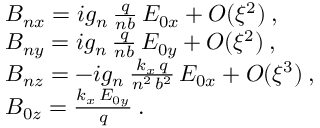
\begin{array} { r l } & { B _ { n x } = i g _ { n } \, \frac { q } { n b } \, E _ { 0 x } + O ( \xi ^ { 2 } ) \: , } \\ & { B _ { n y } = i g _ { n } \, \frac { q } { n b } \, E _ { 0 y } + O ( \xi ^ { 2 } ) \: , } \\ & { B _ { n z } = - i g _ { n } \, \frac { k _ { x } \, q } { n ^ { 2 } \, b ^ { 2 } } \, E _ { 0 x } + O ( \xi ^ { 3 } ) \: , } \\ & { B _ { 0 z } = \frac { k _ { x } \, E _ { 0 y } } { q } \: . } \end{array}